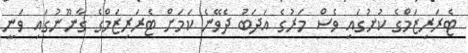
ޓެރަރިޒަމްގެ ކުށުގައި ވެސް މަރުގެ އަދަބު ދެވޭނެ ކަމަށް ޓެރަރިޒަމްގެ ގާނޫނުގައި ވަނީ